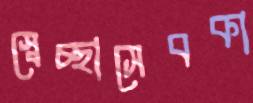
স্বেচ্ছাসেবকা